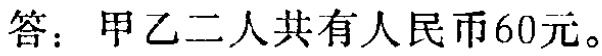
答：甲乙二人共有人民币60元。